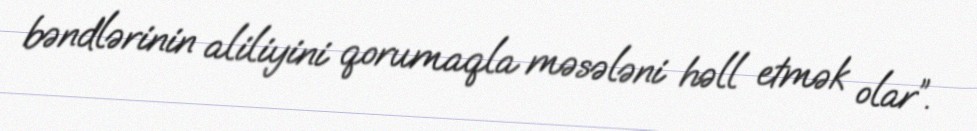
bəndlərinin aliliyini qorumaqla məsələni həll etmək olar”.